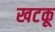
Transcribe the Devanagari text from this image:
खटकू